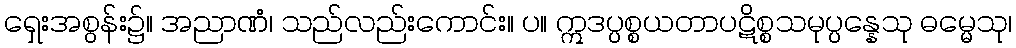
ရှေးအစွန်း၌။ အညာဏံ၊ သည်လည်းကောင်း။ ပ။ ဣဒပ္ပစ္စယတာပဋိစ္စသမုပ္ပန္နေသု ဓမ္မေသု၊